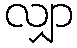
လျှာ